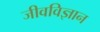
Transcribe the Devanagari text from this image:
जीवविज्ञान